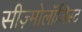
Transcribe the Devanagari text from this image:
सीज़्मोलॉजिस्ट